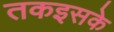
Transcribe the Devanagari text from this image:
तकइसके